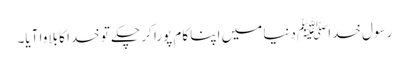
رسول خداﷺ دنیا میں اپنا کام پورا کر چکے تو خدا کا بلاوا آیا۔